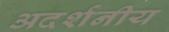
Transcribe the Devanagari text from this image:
अदर्शनीय